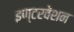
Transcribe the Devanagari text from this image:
इण्टरवेंशन